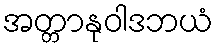
အတ္တာနုဝါဒဘယံ